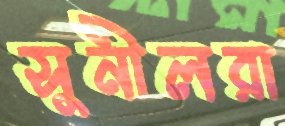
সুনীলরা